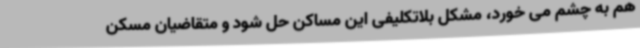
هم به چشم می خورد، مشکل بلاتکلیفی این مساکن حل شود و متقاضیان مسکن